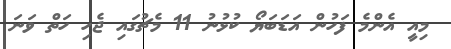
މިއީ އެންމެ ފަހުން އަޑަބަޔޯ ކުޅުނު 11 މެޗުގައި ޖެހި ހަތް ވަނަ